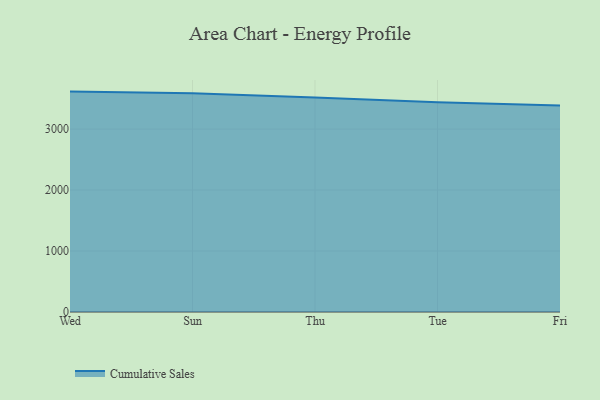
{"axis": {"x": "Day", "y": "Demand Index"}, "legend": ["Cumulative Sales"], "data": [{"x": "Wed", "y": 3614.6, "type": "Cumulative Sales"}, {"x": "Sun", "y": 3586.4, "type": "Cumulative Sales"}, {"x": "Thu", "y": 3517.5, "type": "Cumulative Sales"}, {"x": "Tue", "y": 3440.5, "type": "Cumulative Sales"}, {"x": "Fri", "y": 3386.1, "type": "Cumulative Sales"}]}